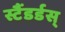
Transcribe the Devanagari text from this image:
स्टैंडर्डस्